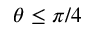
\theta \le \pi / 4